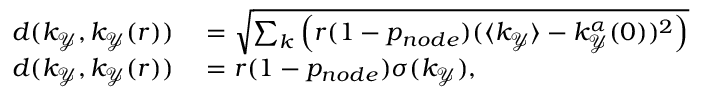
\begin{array} { r l } { d ( k _ { \mathcal { Y } } , k _ { \mathcal { Y } } ( r ) ) } & { { } = \sqrt { \sum _ { k } \left( r ( 1 - p _ { n o d e } ) ( \langle k _ { \mathcal { Y } } \rangle - k _ { \mathcal { Y } } ^ { \alpha } ( 0 ) ) ^ { 2 } \right) } } \\ { d ( k _ { \mathcal { Y } } , k _ { \mathcal { Y } } ( r ) ) } & { { } = r ( 1 - p _ { n o d e } ) \sigma ( k _ { \mathcal { Y } } ) , } \end{array}